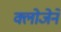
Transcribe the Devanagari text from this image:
क्लोजेने